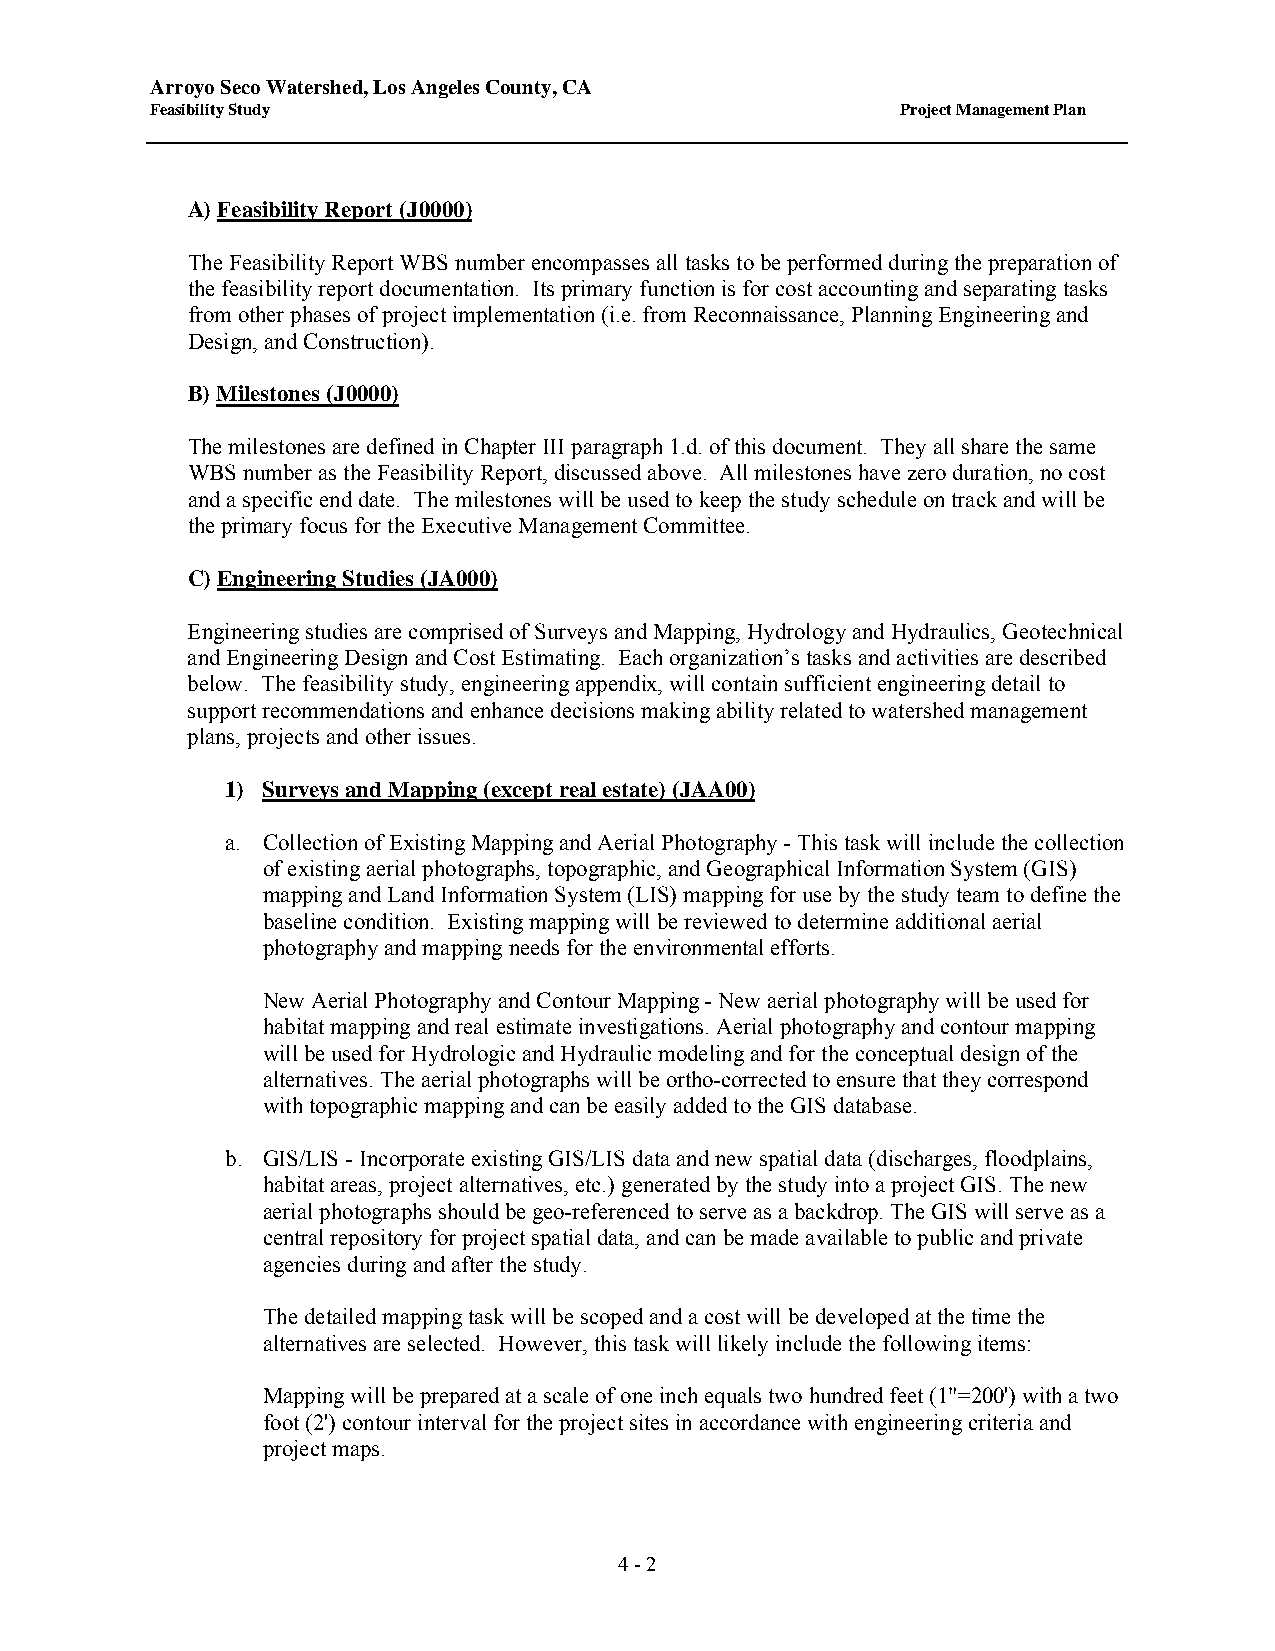
Arroyo Seco Watershed, Los Angeles County, CA
 Feasibility Study                                 Project Management Plan
 A) Feasibility Report (J0000)
 The Feasibility Report WBS number encompasses all tasks to be performed during the preparation of
 the feasibility report documentation. Its primary function is for cost accounting and separating tasks
 from other phases of project implementation (i.e. from Reconnaissance, Planning Engineering and
 Design, and Construction).
 B) Milestones (J0000)
 The milestones are defined in Chapter III paragraph 1.d. of this document. They all share the same
 WBS number as the Feasibility Report, discussed above. All milestones have zero duration, no cost
 and a specific end date. The milestones will be used to keep the study schedule on track and will be
 the primary focus for the Executive Management Committee.
 C) Engineering Studies (JA000)
 Engineering studies are comprised of Surveys and Mapping, Hydrology and Hydraulics, Geotechnical
 and Engineering Design and Cost Estimating. Each organization’s tasks and activities are described
 below. The feasibility study, engineering appendix, will contain sufficient engineering detail to
 support recommendations and enhance decisions making ability related to watershed management
 plans, projects and other issues.
 1) Surveys and Mapping (except real estate) (JAA00)
 a. Collection of Existing Mapping and Aerial Photography - This task will include the collection
 of existing aerial photographs, topographic, and Geographical Information System (GIS)
 mapping and Land Information System (LIS) mapping for use by the study team to define the
 baseline condition. Existing mapping will be reviewed to determine additional aerial
 photography and mapping needs for the environmental efforts.
 New Aerial Photography and Contour Mapping - New aerial photography will be used for
 habitat mapping and real estimate investigations. Aerial photography and contour mapping
 will be used for Hydrologic and Hydraulic modeling and for the conceptual design of the
 alternatives. The aerial photographs will be ortho-corrected to ensure that they correspond
 with topographic mapping and can be easily added to the GIS database.
 b. GIS/LIS - Incorporate existing GIS/LIS data and new spatial data (discharges, floodplains,
 habitat areas, project alternatives, etc.) generated by the study into a project GIS. The new
 aerial photographs should be geo-referenced to serve as a backdrop. The GIS will serve as a
 central repository for project spatial data, and can be made available to public and private
 agencies during and after the study.
 The detailed mapping task will be scoped and a cost will be developed at the time the
 alternatives are selected. However, this task will likely include the following items:
 Mapping will be prepared at a scale of one inch equals two hundred feet (1"=200') with a two
 foot (2') contour interval for the project sites in accordance with engineering criteria and
 project maps.
 4 - 2